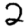
Digit: 2